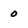
Character: 0